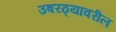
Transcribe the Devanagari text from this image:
उबरठ्यावरील